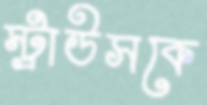
স্ট্রাউসকে